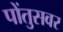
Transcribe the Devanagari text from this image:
पोंतुसवर